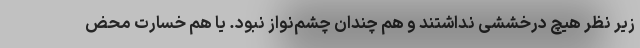
زیر نظر هیچ درخششی نداشتند و هم چندان چشم‌نواز نبود. یا هم خسارت محض